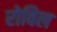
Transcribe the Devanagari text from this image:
रोविल